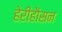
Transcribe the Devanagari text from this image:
हेरीहौसन